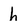
Character: h